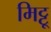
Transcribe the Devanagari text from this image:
मिट्टू